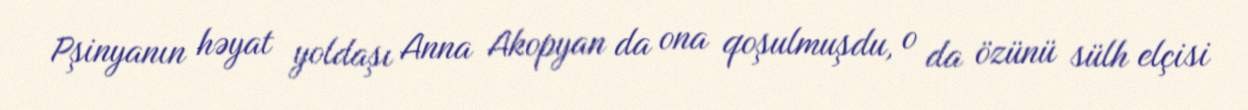
Pşinyanın həyat yoldaşı Anna Akopyan da ona qoşulmuşdu, o da özünü sülh elçisi